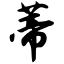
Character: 蒂